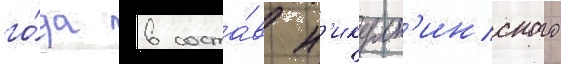
го́да в соста́в н'икулк'инского